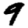
Digit: 9